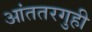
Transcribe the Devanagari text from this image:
आंततरगुही